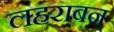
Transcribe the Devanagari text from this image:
लहराबन